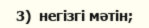
3)  негізгі мәтін;